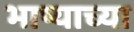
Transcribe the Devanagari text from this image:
भाष्याच्या